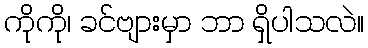
ကိုကို၊ ခင်ဗျားမှာ ဘာ ရှိပါသလဲ။